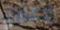
إختيارك